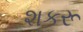
શકરૂ